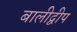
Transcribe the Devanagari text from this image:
बालीद्वीप